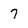
Character: 7